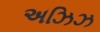
અઝિઝ